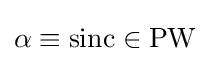
\alpha \equiv \operatorname {sinc} \in \operatorname {PW}